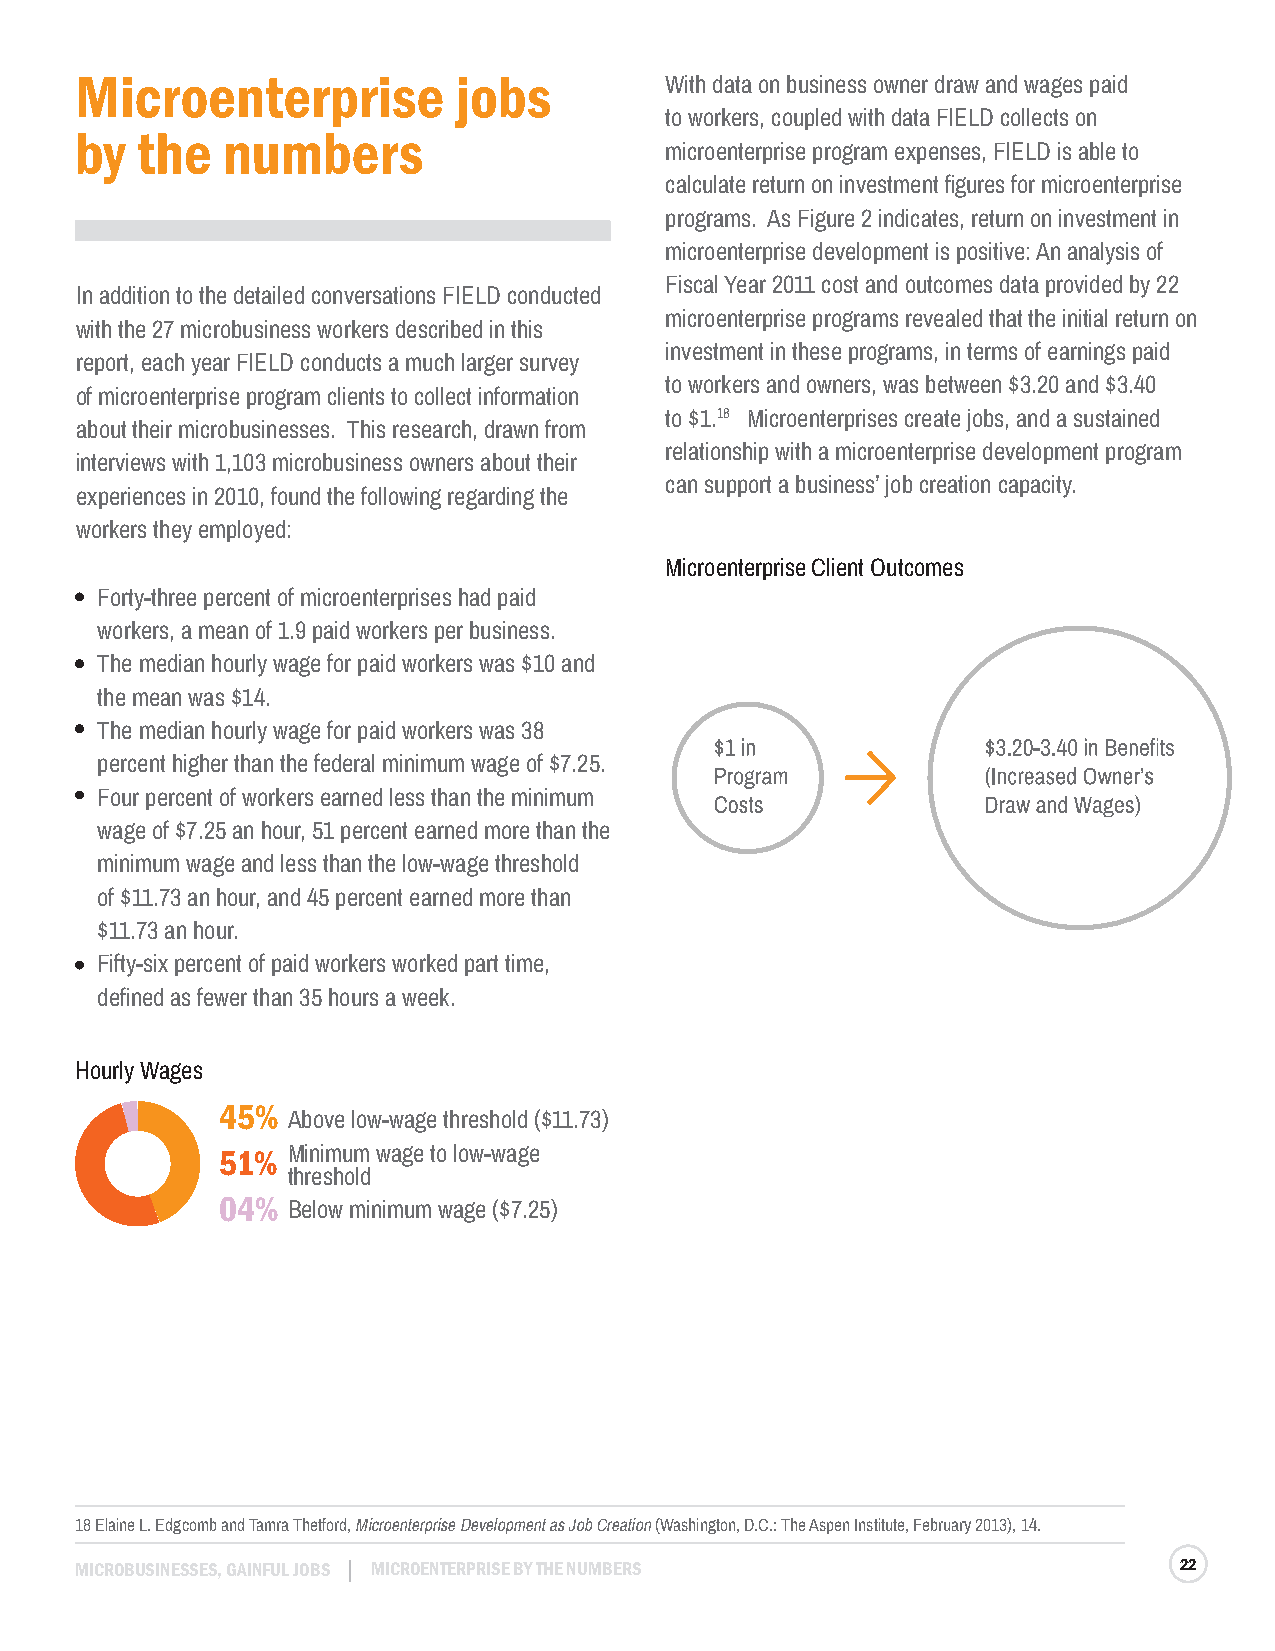
Microenterprise          jobs          With data on business owner draw and wages paid
 to workers, coupled with data FIELD collects on
 by  the   numbers
 microenterprise program expenses, FIELD is able to
 calculate return on investment figures for microenterprise
 programs. As Figure 2 indicates, return on investment in
 microenterprise development is positive: An analysis of
 Fiscal Year 2011 cost and outcomes data provided by 22
 In addition to the detailed conversations FIELD conducted
 microenterprise programs revealed that the initial return on
 with the 27 microbusiness workers described in this
 investment in these programs, in terms of earnings paid
 report, each year FIELD conducts a much larger survey
 to workers and owners, was between $3.20 and $3.40
 of microenterprise program clients to collect information
 to $1.18 Microenterprises create jobs, and a sustained
 about their microbusinesses. This research, drawn from
 relationship with a microenterprise development program
 interviews with 1,103 microbusiness owners about their
 can support a business’ job creation capacity.
 experiences in 2010, found the following regarding the
 workers they employed:
 Microenterprise Client Outcomes
 Forty-three percent of microenterprises had paid
 workers, a mean of 1.9 paid workers per business.
 The median hourly wage for paid workers was $10 and
 the mean was $14.
 The median hourly wage for paid workers was 38
 percent higher than the federal minimum wage of $7.25.
 Four percent of workers earned less than the minimum
 wage of $7.25 an hour, 51 percent earned more than the
 minimum wage and less than the low-wage threshold
 of $11.73 an hour, and 45 percent earned more than
 $11.73 an hour.
 Fifty-six percent of paid workers worked part time,
 defined as fewer than 35 hours a week.
 Hourly Wages
 45%
 Above low-wage threshold ($11.73)
 51%  Minimum wage to low-wage
 threshold
 04%  Below minimum wage ($7.25)
 18 Elaine L. Edgcomb and Tamra Thetford, Microenterprise Development as Job Creation (Washington, D.C.: The Aspen Institute, February 2013), 14.
 MICROBUSINESSES, GAINFUL JOBS MICROENTERPRISE BY THE NUMBERS             22